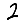
Digit: 2